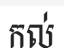
កល់